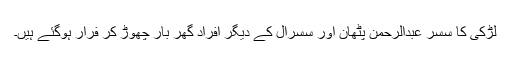
لڑکی کا سسر عبدالرحمن پٹھان اور سسرال کے دیگر افراد گھر بار چھوڑ کر فرار ہوگئے ہیں۔